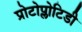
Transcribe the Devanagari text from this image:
प्रोटोप्लोटिडी